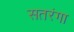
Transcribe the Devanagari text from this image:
सतरंगा